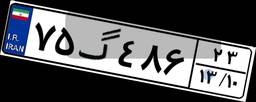
۳۶گ۱۸۸۰۵